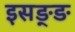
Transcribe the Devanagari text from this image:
इसङ्ङ